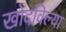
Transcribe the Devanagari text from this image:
खोदविल्या